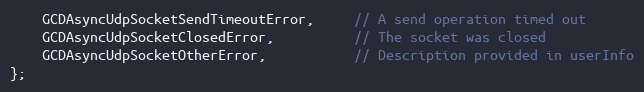
Language: C
	GCDAsyncUdpSocketSendTimeoutError,     // A send operation timed out
	GCDAsyncUdpSocketClosedError,          // The socket was closed
	GCDAsyncUdpSocketOtherError,           // Description provided in userInfo
};